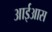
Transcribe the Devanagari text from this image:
आईआस